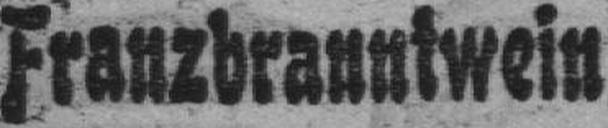
Franzbranntwein